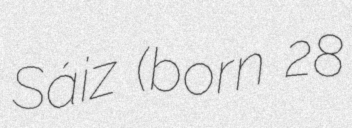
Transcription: Sáiz (born 28